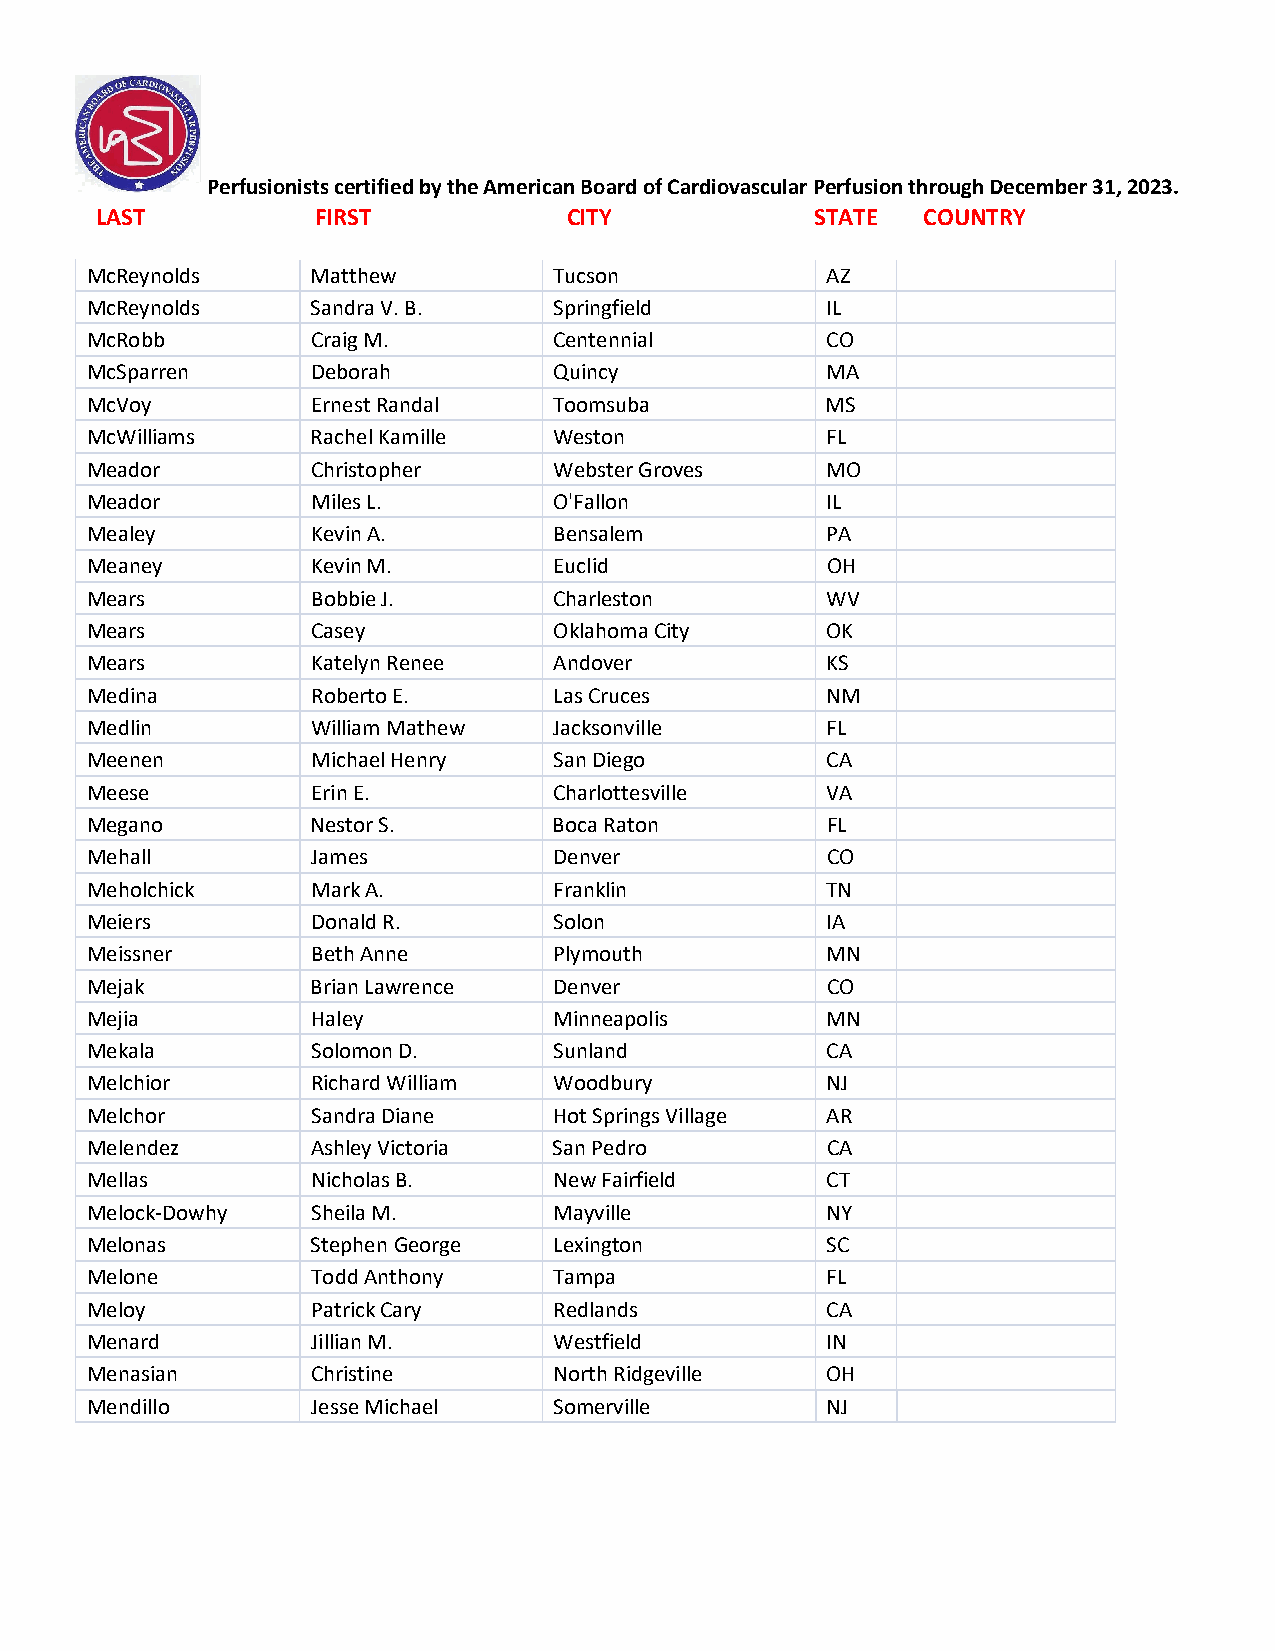
Perfusionists certified by the American Board of Cardiovascular Perfusion through December 31, 2023.
 LAST           FIRST            CITY            STATE  COUNTRY
 McReynolds     Matthew         Tucson            AZ
 McReynolds     Sandra V. B.    Springfield       IL
 McRobb         Craig M.        Centennial        CO
 McSparren      Deborah         Quincy            MA
 McVoy          Ernest Randal   Toomsuba          MS
 McWilliams     Rachel Kamille  Weston            FL
 Meador         Christopher     Webster Groves    MO
 Meador         Miles L.        O'Fallon          IL
 Mealey         Kevin A.        Bensalem          PA
 Meaney         Kevin M.        Euclid            OH
 Mears          Bobbie J.       Charleston        WV
 Mears          Casey           Oklahoma City     OK
 Mears          Katelyn Renee   Andover           KS
 Medina         Roberto E.      Las Cruces        NM
 Medlin         William Mathew  Jacksonville      FL
 Meenen         Michael Henry   San Diego         CA
 Meese          Erin E.         Charlottesville   VA
 Megano         Nestor S.       Boca Raton        FL
 Mehall         James           Denver            CO
 Meholchick     Mark A.         Franklin          TN
 Meiers         Donald R.       Solon             IA
 Meissner       Beth Anne       Plymouth          MN
 Mejak          Brian Lawrence  Denver            CO
 Mejia          Haley           Minneapolis       MN
 Mekala         Solomon D.      Sunland           CA
 Melchior       Richard William Woodbury          NJ
 Melchor        Sandra Diane    Hot Springs Village AR
 Melendez       Ashley Victoria San Pedro         CA
 Mellas         Nicholas B.     New Fairfield     CT
 Melock-Dowhy   Sheila M.       Mayville          NY
 Melonas        Stephen George  Lexington         SC
 Melone         Todd Anthony    Tampa             FL
 Meloy          Patrick Cary    Redlands          CA
 Menard         Jillian M.      Westfield         IN
 Menasian       Christine       North Ridgeville  OH
 Mendillo       Jesse Michael   Somerville        NJ